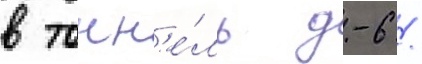
в тонн'е́ль д-6 /